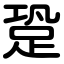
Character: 跫